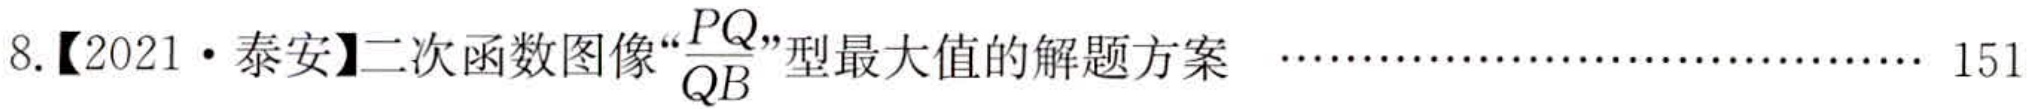
8.【2021·泰安】二次函数图像“\(\frac{PQ}{QB}\)”型最大值的解题方案  ………………………………… 151